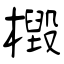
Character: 檓